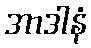
အာဒါနံ